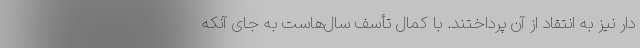
دار نیز به انتقاد از آن پرداختند. با کمال تأسف سال‌هاست به جای آنکه